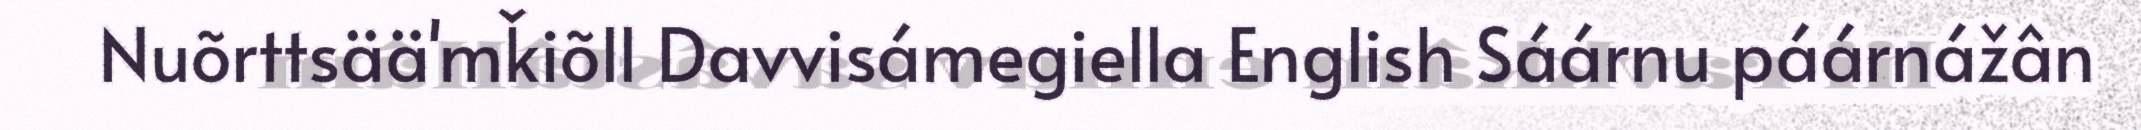
Nuõrttsää'mǩiõll Davvisámegiella English Sáárnu páárnážân